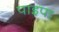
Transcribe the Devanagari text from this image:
पाइपा